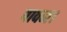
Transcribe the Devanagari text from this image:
पावन।